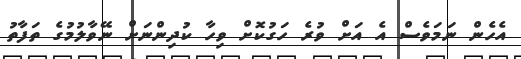
އެހެން ނަމަވެސް އެ އަށް ވުރެ ހަގުކޮށް ވިހާ ކުދިންނަށް ނޭވާލުމުގެ ތަފާތު